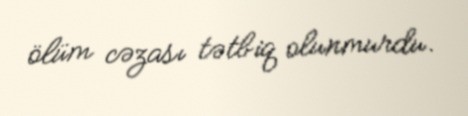
ölüm cəzası tətbiq olunmurdu.